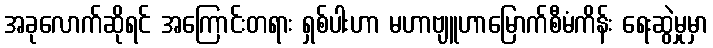
အခုလောက်ဆိုရင် အကြောင်းတရား ရှစ်ပါးဟာ မဟာဗျူဟာမြောက်စီမံကိန်း ရေးဆွဲမှုမှာ